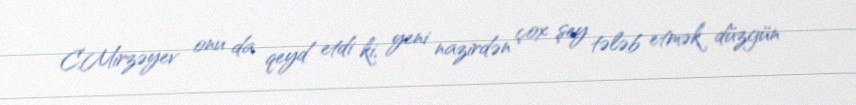
C.Mirzəyev onu da qeyd etdi ki, yeni nazirdən çox şey tələb etmək düzgün